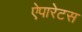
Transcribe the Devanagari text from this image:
ऐपारेटस